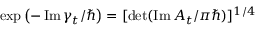
\exp \left( - \operatorname { I m } \gamma _ { t } / \hbar \right) = [ \operatorname* { d e t } ( \operatorname { I m } A _ { t } / \pi \hbar ) ] ^ { 1 / 4 }